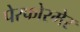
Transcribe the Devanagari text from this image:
पेरफोरमेर